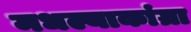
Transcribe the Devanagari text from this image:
मधल्याकांग्रा